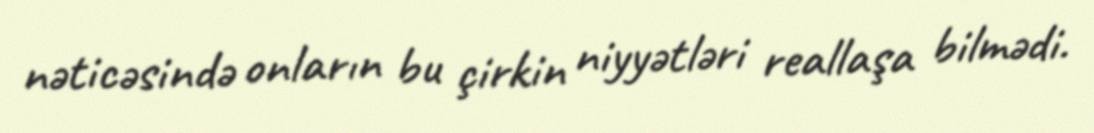
nəticəsində onların bu çirkin niyyətləri reallaşa bilmədi.